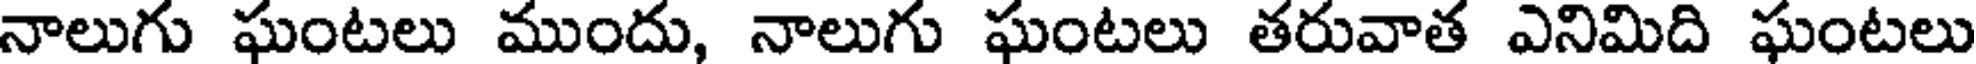
నాలుగు ఘంటలు ముందు, నాలుగు ఘంటలు తరువాత ఎనిమిది ఘంటలు